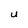
Character: U